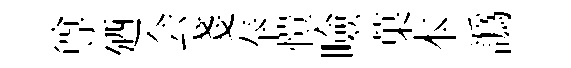
尊廼会戔奉愷噞菓本譌